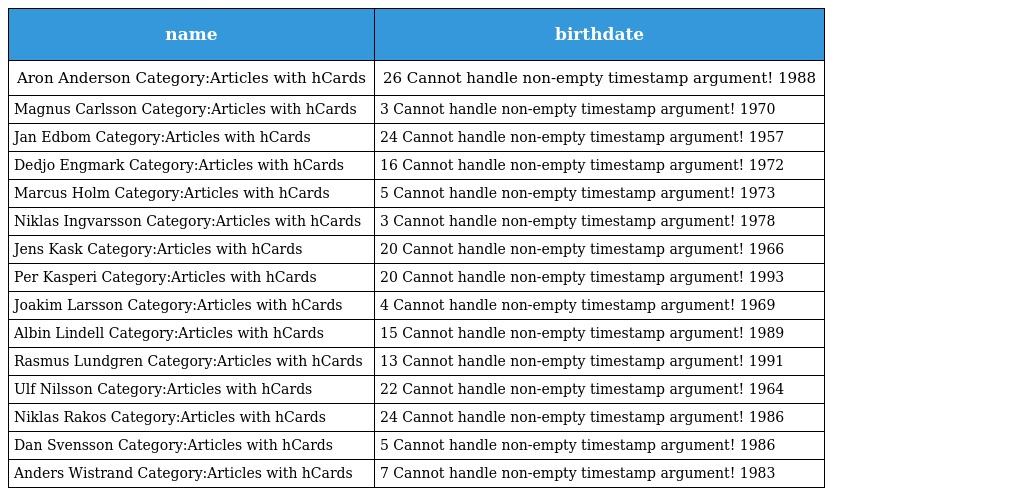
| name | birthdate |
 | --- | --- |
 | Aron Anderson Category:Articles with hCards | 26 Cannot handle non-empty timestamp argument! 1988 |
 | Magnus Carlsson Category:Articles with hCards | 3 Cannot handle non-empty timestamp argument! 1970 |
 | Jan Edbom Category:Articles with hCards | 24 Cannot handle non-empty timestamp argument! 1957 |
 | Dedjo Engmark Category:Articles with hCards | 16 Cannot handle non-empty timestamp argument! 1972 |
 | Marcus Holm Category:Articles with hCards | 5 Cannot handle non-empty timestamp argument! 1973 |
 | Niklas Ingvarsson Category:Articles with hCards | 3 Cannot handle non-empty timestamp argument! 1978 |
 | Jens Kask Category:Articles with hCards | 20 Cannot handle non-empty timestamp argument! 1966 |
 | Per Kasperi Category:Articles with hCards | 20 Cannot handle non-empty timestamp argument! 1993 |
 | Joakim Larsson Category:Articles with hCards | 4 Cannot handle non-empty timestamp argument! 1969 |
 | Albin Lindell Category:Articles with hCards | 15 Cannot handle non-empty timestamp argument! 1989 |
 | Rasmus Lundgren Category:Articles with hCards | 13 Cannot handle non-empty timestamp argument! 1991 |
 | Ulf Nilsson Category:Articles with hCards | 22 Cannot handle non-empty timestamp argument! 1964 |
 | Niklas Rakos Category:Articles with hCards | 24 Cannot handle non-empty timestamp argument! 1986 |
 | Dan Svensson Category:Articles with hCards | 5 Cannot handle non-empty timestamp argument! 1986 |
 | Anders Wistrand Category:Articles with hCards | 7 Cannot handle non-empty timestamp argument! 1983 |